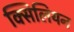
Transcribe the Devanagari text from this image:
क्सिलियन